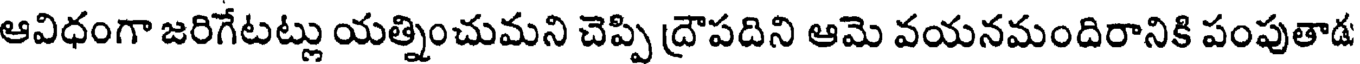
ఆవిధంగా జరిగేటట్లు యత్నించుమని చెప్పి ద్రౌపదిని ఆమె వయనమందిరానికి పంపుతాడ